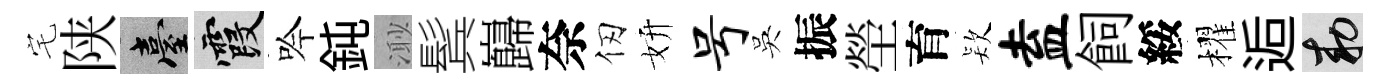
宅陕臺霞吟鈍𣺌鬂巋奈仞妍号吳振塋育𣣇盍飼綏櫂逅敕